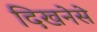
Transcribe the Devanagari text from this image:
दिखनेसे